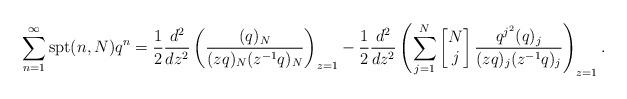
LaTeX: \begin{align*}\sum_{n=1}^\infty \textup{spt}(n,N) q^n = \frac{1}{2} \frac{d^2}{dz^2}\left( \frac{(q)_N}{(z q)_N(z^{-1}q)_N} \right)_{z=1} - \frac{1}{2} \frac{d^2}{dz^2}\left( \sum_{j=1}^N \left[\begin{matrix} N \\ j \end{matrix}\right] \frac{q^{j^2} (q)_j }{(z q)_j (z^{-1} q)_j} \right)_{z=1}.\end{align*}